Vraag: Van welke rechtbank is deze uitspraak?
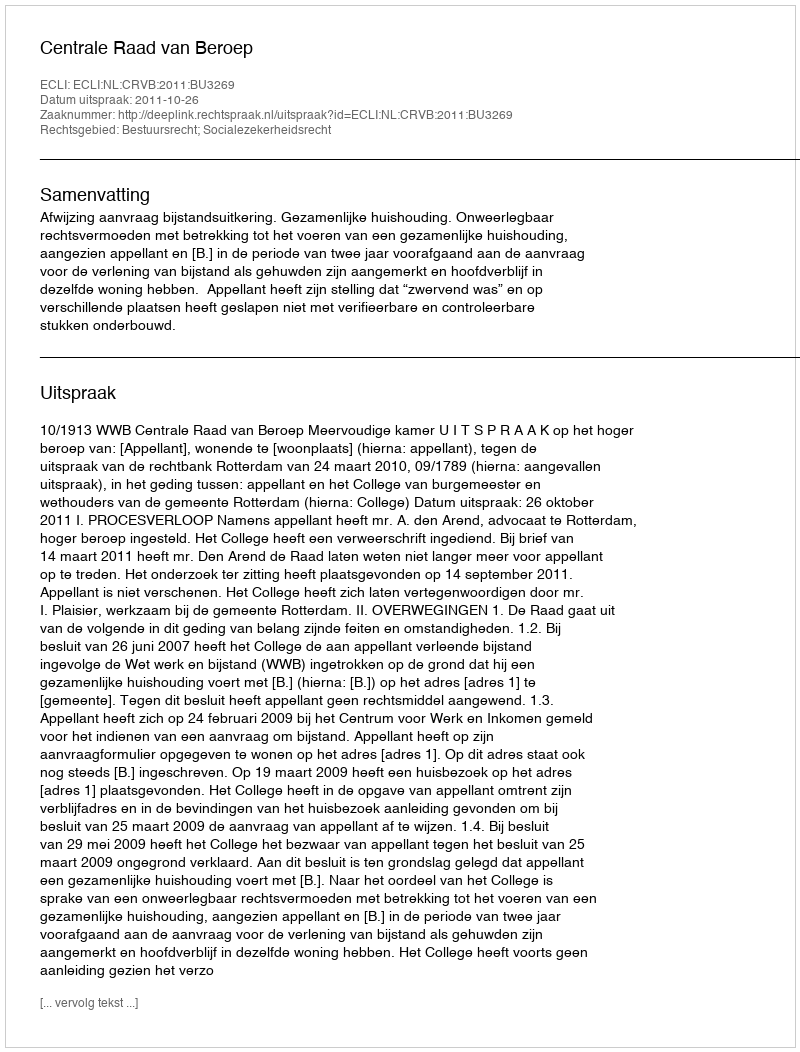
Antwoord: Centrale Raad van Beroep